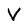
Character: V